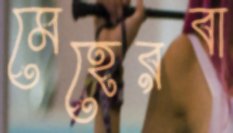
মেহেরবা